Vaccination report Assam 1896-1927 - 1896-1927
Year: 1896
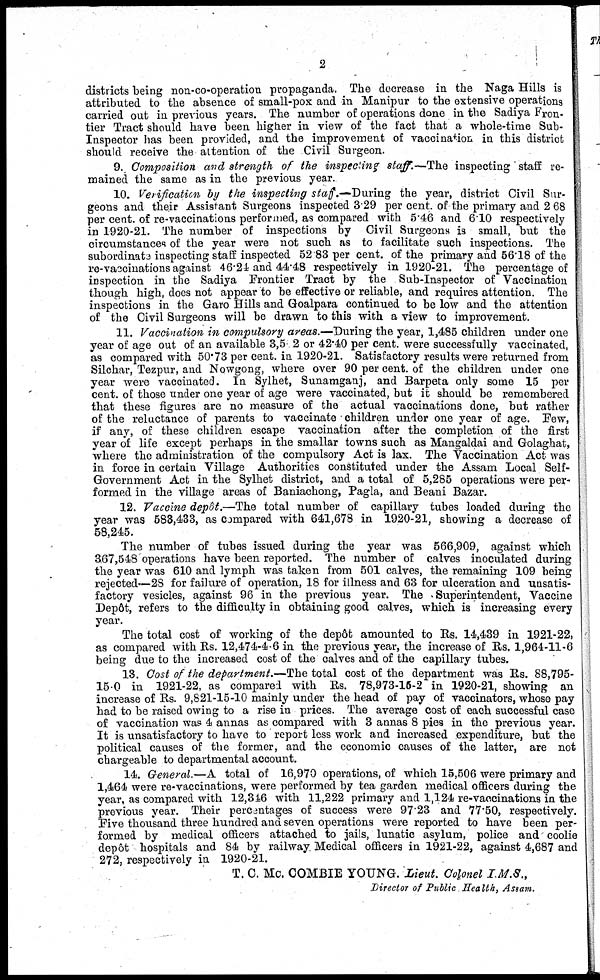
2
districts being non-co-operation propaganda. The decrease in the Naga Hills is
attributed to the absence of small-pox and in Manipur to the extensive operations
carried out in previous years. The number of operations done in the Sadiya Fron-
tier Tract should have been higher in view of the fact that a whole-time Sub-
Inspector has been provided, and the improvement of vaccination in this district
should receive the attention of the Civil Surgeon.
9. Composition and strength of the inspecting staff.—The inspecting staff re-
mained the same as in the previous year.
10. Verification by the inspecting staff.—During the year, district Civil Sur-
geons and their Assistant Surgeons inspected 3.29 per cent. of the primary and 2 68
per cent. of re-vaccinations performed, as compared with 5.46 and 6.10 respectively
in 1920-21. The number of inspections by Civil Surgeons is small, but the
circumstances of the year were not such as to facilitate such inspections. The
subordinate inspecting staff inspected 52.83 per cent. of the primary and 56.18 of the
re-vaccinations against 46.21 and 44.48 respectively in 1920-21. The percentage of
inspection in the Sadiya Frontier Tract by the Sub-Inspector of Vaccination
though high, does not appear to be effective or reliable, and requires attention. The
inspections in the Garo Hills and Goalpara continued to be low and the attention
of the Civil Surgeons will be drawn to this with a view to improvement.
11. Vaccination in compulsory areas.—During the year, 1,485 children under one
year of age out of an available 3,502 or 42.40 per cent. were successfully vaccinated,
as compared with 50.73 per cent. in 1920-21. Satisfactory results were returned from
Silchar, Tezpur, and Nowgong, where over 90 per cent. of the children under one
year were vaccinated. In Sylhet, Sunamganj, and Barpeta only some 15 per
cent. of those under one year of age were vaccinated, but it should be remembered
that these figures are no measure of the actual vaccinations done, but rather
of the reluctance of parents to vaccinate children under one year of age. Few,
if any, of these children escape vaccination after the completion of the first
year of life except perhaps in the smallar towns such as Mangaldai and Golaghat,
where the administration of the compulsory Act is lax. The Vaccination Act was
in force in certain Village Authorities constituted under the Assam Local Self¬
Government Act in the Sylhet district, and a total of 5,285 operations were per-
formed in the village areas of Baniachong, Pagla, and Beani Bazar.
12. Vaccine depôt.—The total number of capillary tubes loaded during the
year was 583,433, as compared with 641,678 in 1920-21, showing a decrease of
58,245.
The number of tubes issued during the year was 566,909, against which
367,548 operations have been reported. The number of calves inoculated during
the year was 610 and lymph was taken from 501 calves, the remaining 109 being
rejected—28 for failure of operation, 18 for illness and 63 for ulceration and unsatis-
factory vesicles, against 96 in the previous year. The Superintendent, Vaccine
Depôt, refers to the difficulty in obtaining good calves, which is increasing every
year.
The total cost of working of the depôt amounted to Rs. 14,439 in 1921-22,
as compared with Rs. 12,474-4-6 in the previous year, the increase of Rs. 1,964-11-6
being due to the increased cost of the calves and of the capillary tubes.
13. Cost of the department.—The total cost of the department was Rs. 88,795-
15.0 in 1921-22, as compared with Rs. 78,973-15-2 in 1920-21, showing an
increase of Rs. 9,821-15-10 mainly under the head of pay of vaccinators, whose pay
had to be raised owing to a rise in prices. The average cost of each successful case
of vaccination was 4 annas as compared with 3 annas 8 pies in the previous year.
It is unsatisfactory to have to report less work and increased expenditure, but the
political causes of the former, and the economic causes of the latter, are not
chargeable to departmental account.
14. General.—A total of 16,970 operations, of which 15,506 were primary and
1,464 were re-vaccinations, were performed by tea garden medical officers during the
year, as compared with 12,346 with 11,222 primary and 1,124 re-vaccinations in the
previous year. Their percentages of success were 97.23 and 77.50, respectively.
Five thousand three hundred and seven operations were reported to have been per-
formed by medical officers attached to jails, lunatic asylum, police and coolie
depôt hospitals and 84 by railway Medical officers in 1921-22, against 4,687 and
272, respectively in 1920-21.
T. C. Mc. COMBIE YOUNG. Lieut. Colonel I.M.S.,
Director of Public Health, Assam.